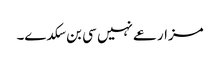
مزارعے نہیں سی بن سکدے۔